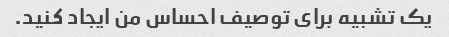
یک تشبیه برای توصیف احساس من ایجاد کنید.